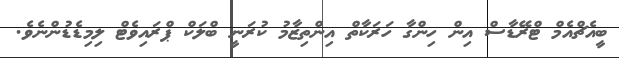
ބީއެޗްއެމް ޓްރޭޑާސް އިން ހިންގާ ހަރަކާތް އިންތިޒާމު ކުރަނީ ބްލަކް ޕްރައިވެޓް ލިމިޑެޑުންނެވެ.